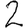
Digit: 2